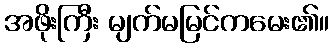
အဖိုးကြီး မျက်မမြင်ကမေး၏။